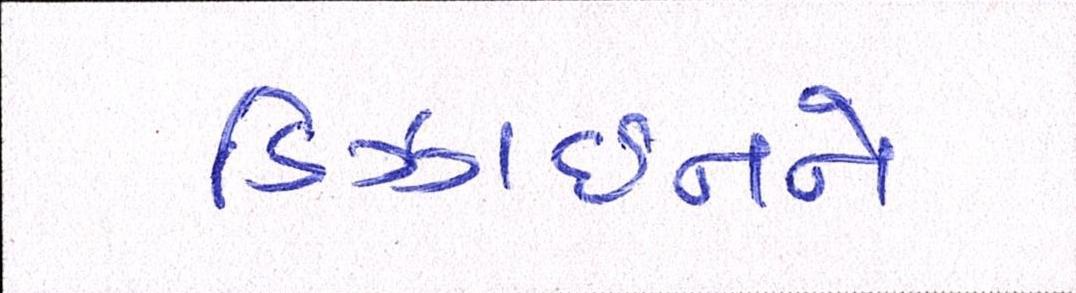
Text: ડિઝાઈનને